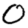
Digit: 0